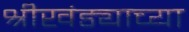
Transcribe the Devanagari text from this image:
श्रीखंड्याच्या